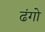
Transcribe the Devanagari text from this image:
ढंगो